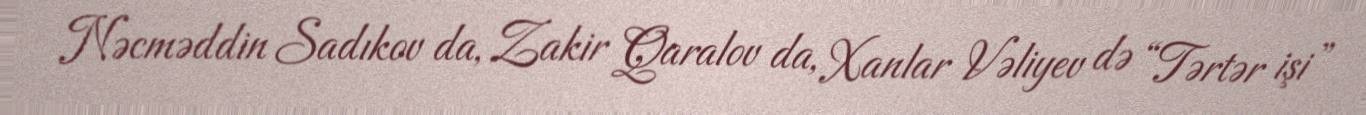
Nəcməddin Sadıkov da, Zakir Qaralov da, Xanlar Vəliyev də “Tərtər işi”